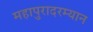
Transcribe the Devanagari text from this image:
महापुरादरम्यान